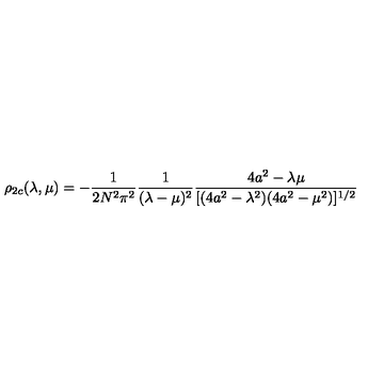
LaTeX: \rho _ { 2 c } ( \lambda , \mu ) = - { \frac { 1 } { 2 N ^ { 2 } \pi ^ { 2 } } } { \frac { 1 } { ( \lambda - \mu ) ^ { 2 } } } { \frac { 4 a ^ { 2 } - \lambda \mu } { [ ( 4 a ^ { 2 } - \lambda ^ { 2 } ) ( 4 a ^ { 2 } - \mu ^ { 2 } ) ] ^ { 1 / 2 } } }